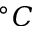
^ \circ C